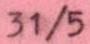
31/5